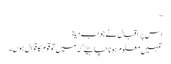
‘‘
اس پر اقبال نے جواب دیا:
تمہیں معلوم ہونا چاہیئے کہ میں تو قوم کا قوّال ہوں۔